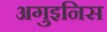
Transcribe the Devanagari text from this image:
अगुइनिस